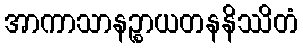
အာကာသာနဉ္စာယတနနိဿိတံ